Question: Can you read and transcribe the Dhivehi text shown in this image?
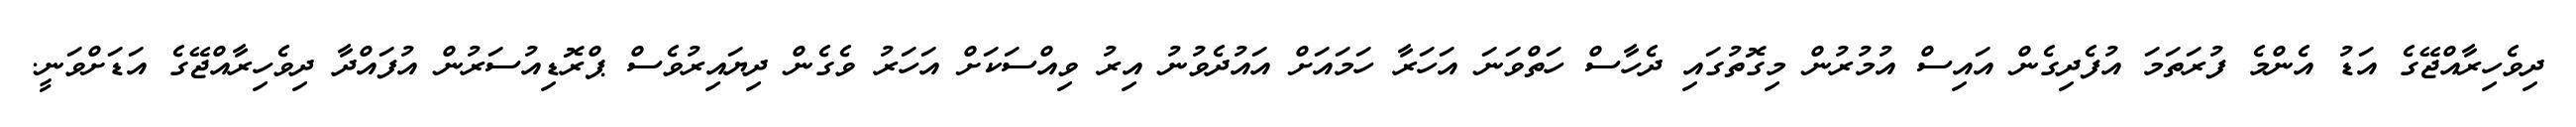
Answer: ދިވެހިރާއްޖޭގެ އަޑު އެންމެ ފުރަތަމަ އުފެދިގެން އައިސް އުމުރުން މިގޮތުގައި ދެހާސް ހަތްވަނަ އަހަރާ ހަމައަށް އައުދެވުނު އިރު ވިއްސަކަށް އަހަރު ވެގެން ދިޔައިރުވެސް ޕްރޮޑިއުސަރުން އުފައްދާ ދިވެހިރާއްޖޭގެ އަޑަށްވަނީ.